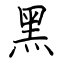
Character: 黑